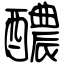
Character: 醲